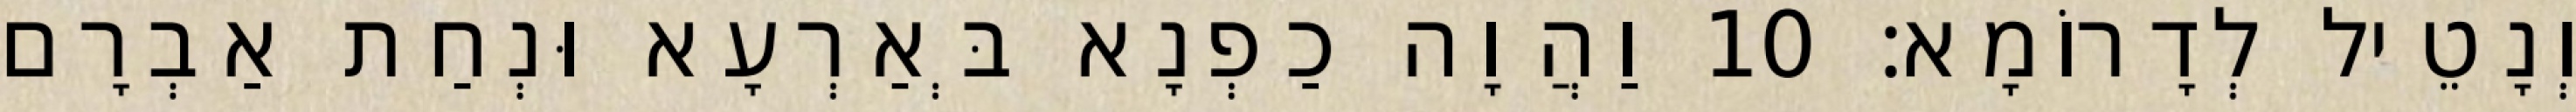
וְנָטֵיל לְדָרוֹמָא׃ 10 וַהֲוָה כַפְנָא בְּאַרְעָא וּנְחַת אַבְרָם